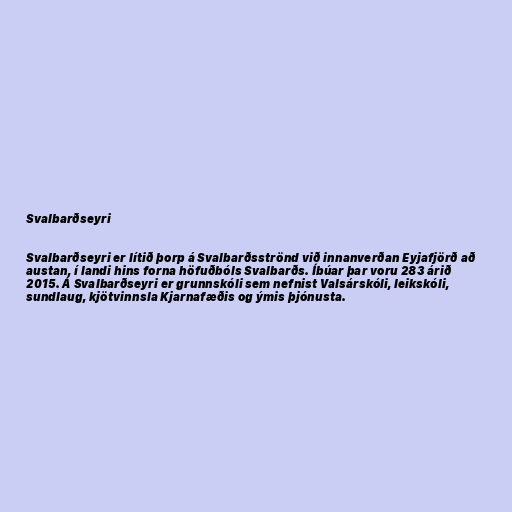
Svalbarðseyri

Svalbarðseyri er lítið þorp á Svalbarðsströnd við innanverðan Eyjafjörð að
austan, í landi hins forna höfuðbóls Svalbarðs. Íbúar þar voru 283 árið
2015. Á Svalbarðseyri er grunnskóli sem nefnist Valsárskóli, leikskóli,
sundlaug, kjötvinnsla Kjarnafæðis og ýmis þjónusta.